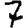
Digit: 7